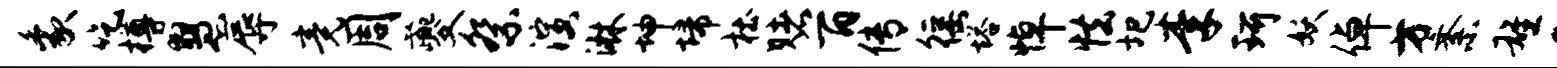
象吃樽慧辱竟周夔祭演淋坤埽杜赌百传徭塔悼怯圯李珂妖倬方紊雄a